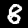
Label: 8